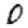
Digit: 0